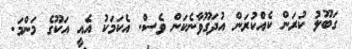
ގަބޫލު ކުރަން ކެއްކުރަން އުދަގޫވާނެކަން ވެސް. އެކަމަކު އެއީ އަކޫގެ މަންމަ.